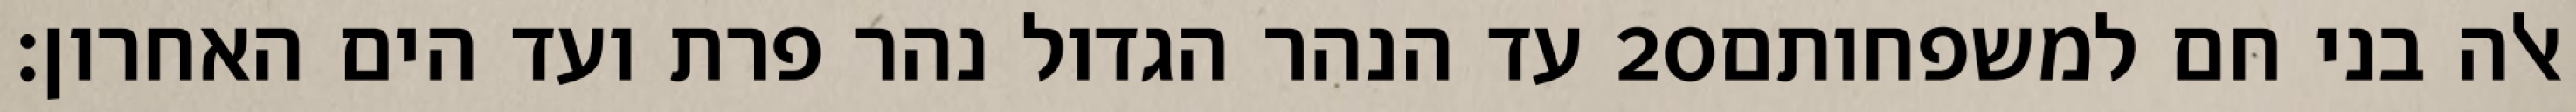
עד הנהר הגדול נהר פרת ועד הים האחרון׃ ‎20‏ אלה בני חם למשפחותם